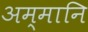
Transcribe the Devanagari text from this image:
अम्मानि